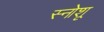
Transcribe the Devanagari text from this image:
स्नोशू